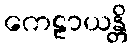
ကေဠာယန္တိ